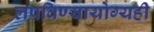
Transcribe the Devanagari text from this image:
लपविण्यायोग्यही